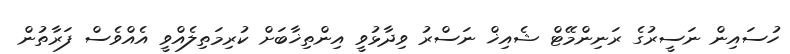
ހުސައިން ނަސީރުގެ ރަނިންމޭޓް ޝެއިޚް ނަސްރު ވިދާޅުވީ އިންތިޚާބަށް ކުރިމަތިލެއްވީ އެއްވެސް ފަރާތުން